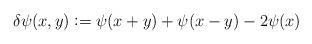
LaTeX: \begin{align*} \delta\psi(x,y)\vcentcolon =\psi(x+y)+\psi(x-y)-2\psi(x) \end{align*}